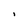
Character: 1